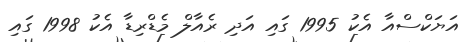
އަޔަކްސްއާ އެކު 1995 ގައި އަދި ރެއާލް މެޑްރިޑާ އެކު 1998 ގައި